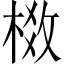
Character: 𬃈